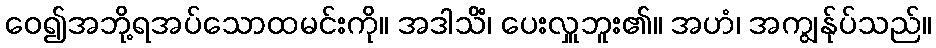
ဝေ၍အဘို့ရအပ်သောထမင်းကို။ အဒါသိံ၊ ပေးလှူဘူး၏။ အဟံ၊ အကျွန်ုပ်သည်။